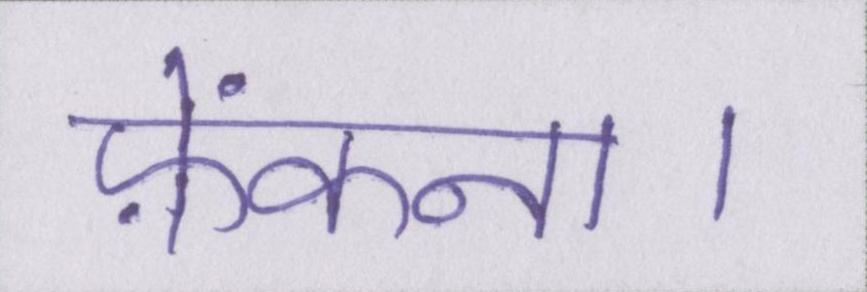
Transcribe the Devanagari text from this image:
फ़ेंकना।